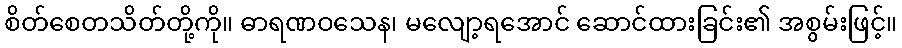
စိတ်စေတသိတ်တို့ကို။ ဓာရဏဝသေန၊ မလျော့ရအောင် ဆောင်ထားခြင်း၏ အစွမ်းဖြင့်။